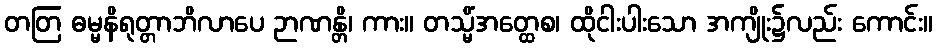
တတြ ဓမ္မနိရုတ္တာဘိလာပေ ဉာဏန္တိ၊ ကား။ တသ္မိံအတ္ထေစ၊ ထိုငါးပါးသော အကျိုး၌လည်း ကောင်း။